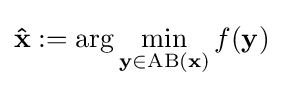
\mathbf {\hat {x}} :=\arg \min _{\mathbf {y} \in \mathrm {A} \mathrm {B} (\mathbf {x} )}f(\mathbf {y} )